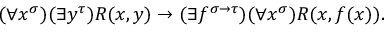
( \forall x ^ { \sigma } ) ( \exists y ^ { \tau } ) R ( x , y ) \to ( \exists f ^ { \sigma \to \tau } ) ( \forall x ^ { \sigma } ) R ( x , f ( x ) ) .